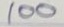
100